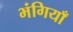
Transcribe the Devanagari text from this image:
भंगियाँ